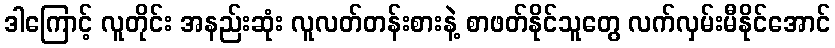
ဒါကြောင့် လူတိုင်း အနည်းဆုံး လူလတ်တန်းစားနဲ့ စာဖတ်နိုင်သူတွေ လက်လှမ်းမီနိုင်အောင်